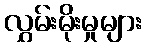
လွှမ်းမိုးမှုများ